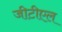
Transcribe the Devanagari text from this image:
जीटीएल